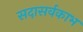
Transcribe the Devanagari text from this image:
सदासर्वकाभ